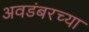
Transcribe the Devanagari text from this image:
अवडंबरच्या